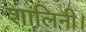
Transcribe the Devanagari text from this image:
शालिनी।